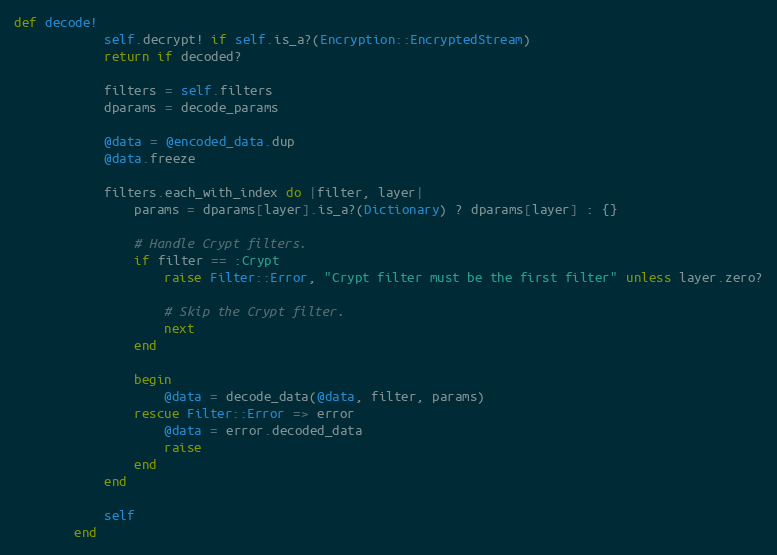
Language: Ruby
def decode!
            self.decrypt! if self.is_a?(Encryption::EncryptedStream)
            return if decoded?

            filters = self.filters
            dparams = decode_params

            @data = @encoded_data.dup
            @data.freeze

            filters.each_with_index do |filter, layer|
                params = dparams[layer].is_a?(Dictionary) ? dparams[layer] : {}

                # Handle Crypt filters.
                if filter == :Crypt
                    raise Filter::Error, "Crypt filter must be the first filter" unless layer.zero?

                    # Skip the Crypt filter.
                    next
                end

                begin
                    @data = decode_data(@data, filter, params)
                rescue Filter::Error => error
                    @data = error.decoded_data
                    raise
                end
            end

            self
        end